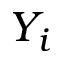
Y _ { i }